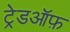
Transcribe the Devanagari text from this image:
ट्रेडऑफ़